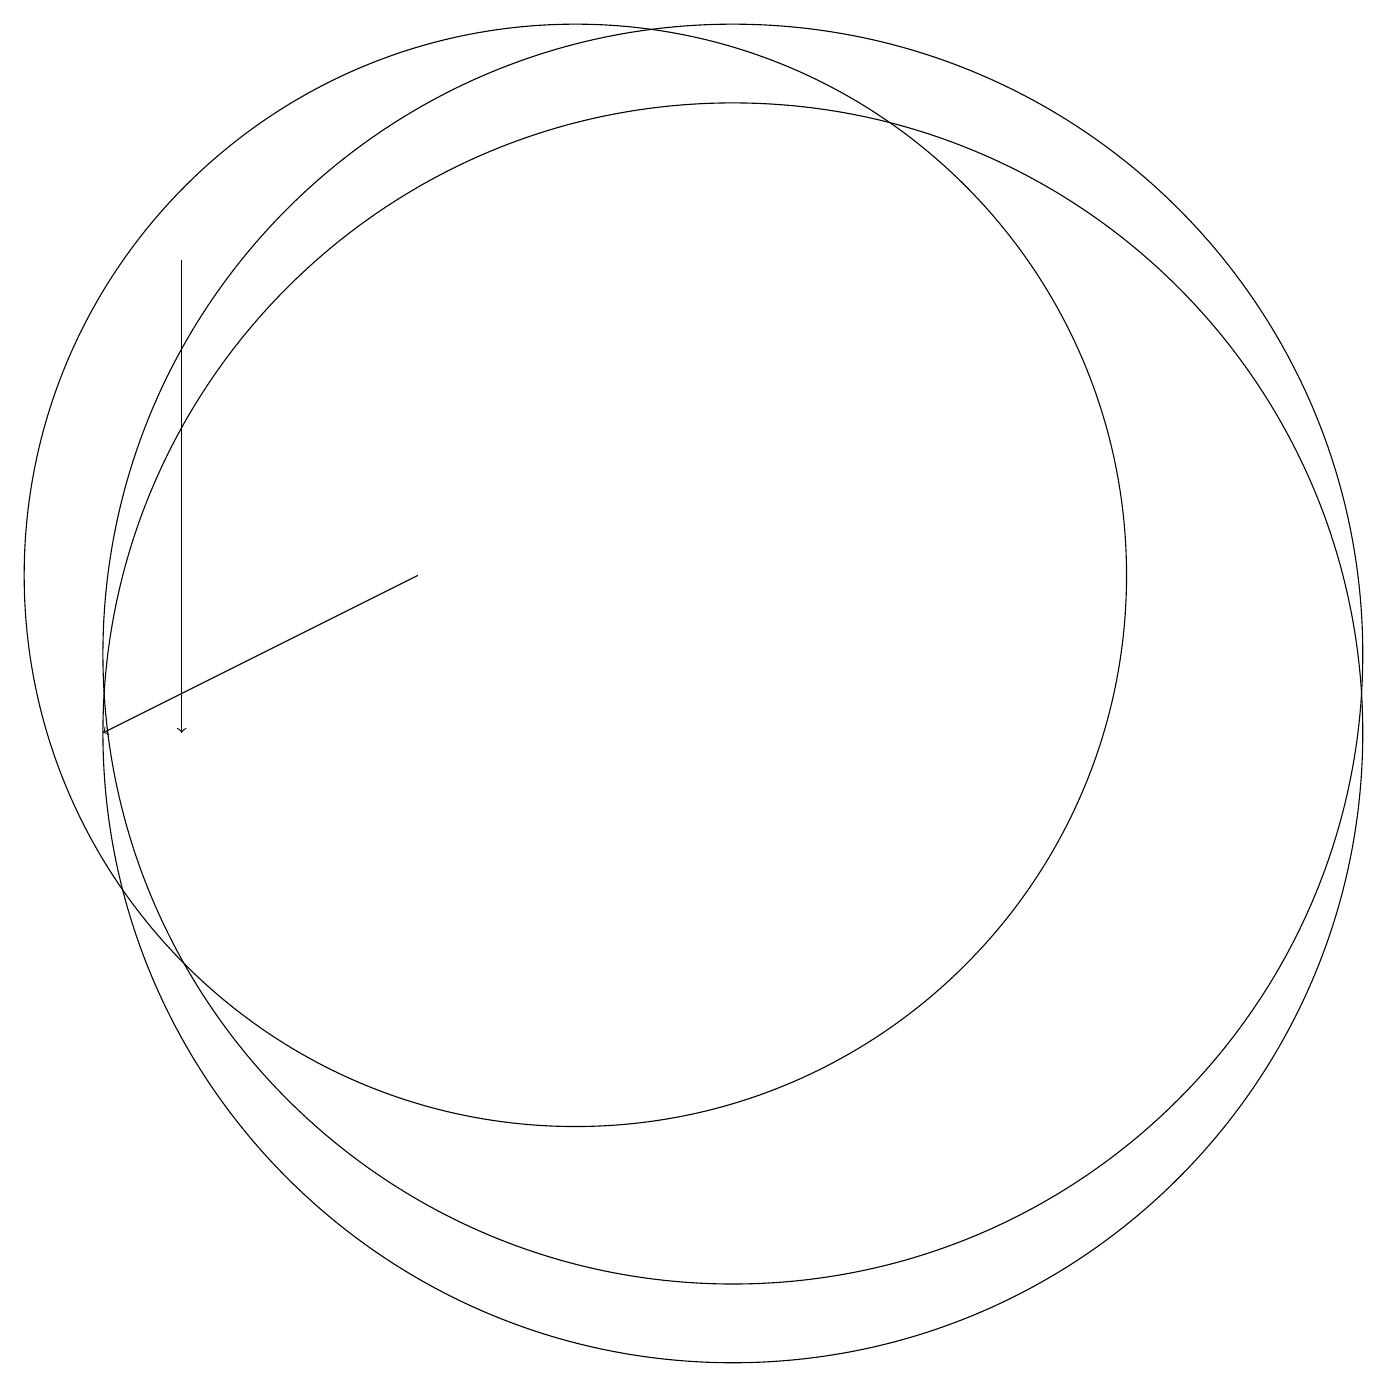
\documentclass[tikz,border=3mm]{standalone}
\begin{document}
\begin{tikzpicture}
\draw[->] (8,12) -- (4,10);
\draw (10,12) circle (7);
\draw[->] (5,16) -- (5,10);
\draw (12,11) circle (8);
\draw (12,10) circle (8);
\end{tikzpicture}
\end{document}